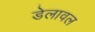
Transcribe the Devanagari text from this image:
डेलावल